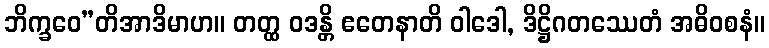
ဘိက္ခဝေ”တိအာဒိမာဟ။ တတ္ထ ဝဒန္တိ ဧတေနာတိ ဝါဒေါ, ဒိဋ္ဌိဂတဿေတံ အဓိဝစနံ။